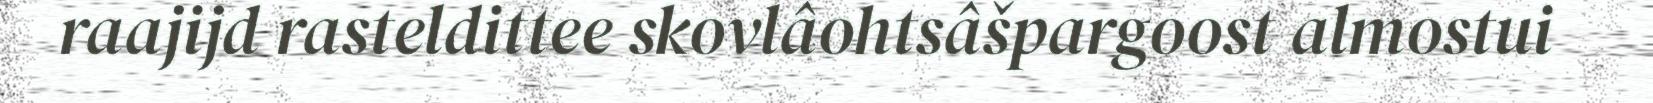
raajijd rasteldittee skovlâohtsâšpargoost almostui